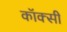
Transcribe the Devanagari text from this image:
कॉक्सी